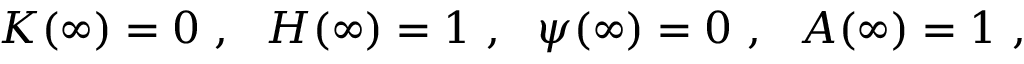
K ( \infty ) = 0 \ , \ \ H ( \infty ) = 1 \ , \ \ \psi ( \infty ) = 0 \ , \ \ A ( \infty ) = 1 \ ,